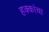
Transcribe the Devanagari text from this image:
हक्‍कांचा